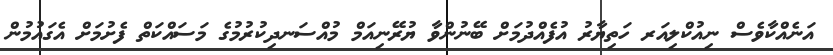
އަނެއްކާވެސް ނިއުކްލިއަރ ހަތިޔާރު އުފެއްދުމަށް ބޭނުންވާ ޔުރޭނިއަމް މުއްސަނދިކުރުމުގެ މަސައްކަތް ފެށުމަށް އެގައުމުން